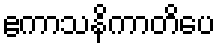
ဧကာသနိကာတိပေ